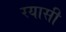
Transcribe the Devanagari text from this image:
रयासी